Plague in India, 1896, 1897 - Volume 2
Year: 1896
Disease focus: Plague
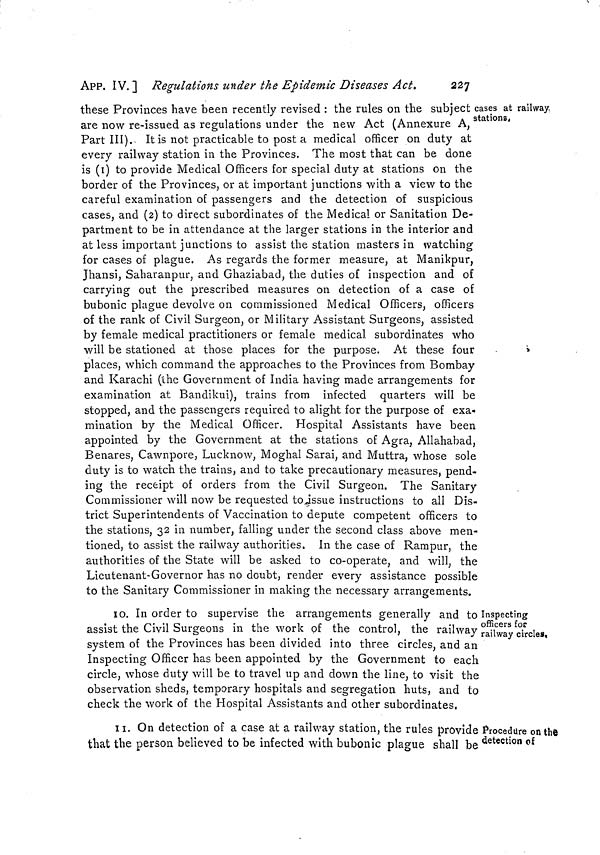
227
APP, IV. ] Regulations under the Epidemic Diseases Act.
cases at railway,
stations.
these Provinces have been recently revised : the rules on the subject
are now re-issued as regulations under the new Act (Annexure A,
Part III). It is not practicable to post a medical officer on duty at
every railway station in the Provinces. The most that can be done
is (I) to provide Medical Officers for special duty at stations on the
border of the Provinces, or at important junctions with a view to the
careful examination of passengers and the detection of suspicious
cases, and (2) to direct subordinates of the Medical or Sanitation De-
partment to be in attendance at the larger stations in the interior and
at less important junctions to assist the station masters in watching
for cases of plague. As regards the former measure, at Manikpur,
Jhansi, Saharanpur, and Ghaziabad, the duties of inspection and of
carrying out the prescribed measures on detection of a case of
bubonic plague devolve on commissioned Medical Officers, officers
of the rank of Civil Surgeon, or Military Assistant Surgeons, assisted
by female medical practitioners or female medical subordinates who
will be stationed at those places for the purpose. At these four
places, which command the approaches to the Provinces from Bombay
and Karachi (the Government of India having made arrangements for
examination at Bandikui), trains from infected quarters will be
stopped, and the passengers required to alight for the purpose of exa-
mination by the Medical Officer. Hospital Assistants have been
appointed by the Government at the stations of Agra, Allahabad,
Benares, Cawnpore, Lucknow, Moghal Sarai, and Muttra, whose sole
duty is to watch the trains, and to take precautionary measures, pend-
ing the receipt of orders from the Civil Surgeon. The Sanitary
Commissioner will now be requested to issue instructions to all Dis-
trict Superintendents of Vaccination to depute competent officers to
the stations, 32 in number, falling under the second class above men-
tioned, to assist the railway authorities. In the case of Rampur, the
authorities of the State will be asked to co-operate, and will, the
Lieutenant-Governor has no doubt, render every assistance possible
to the Sanitary Commissioner in making the necessary arrangements.
Inspecting
officers for
railway circles.
Io. In order to supervise the arrangements generally and to
assist the Civil Surgeons in the work of the control, the railway
system of the Provinces has been divided into three circles, and an
Inspecting Officer has been appointed by the Government to each
circle, whose duty will be to travel up and down the line, to visit the
observation sheds, temporary hospitals and segregation huts, and to
check the work of the Hospital Assistants and other subordinates.
Procedure on the
detection of
II. On detection of a case at a railway station, the rules provide
that the person believed to be infected with bubonic plague shall be